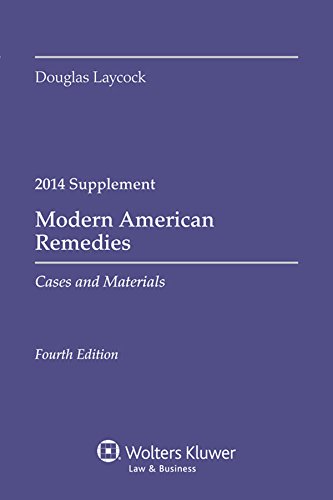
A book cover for Modern American Remedies: Cases and Materials Supplement; Douglas Laycock; Law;